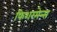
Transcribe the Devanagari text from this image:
फिशरमेन्स